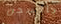
بالسجن